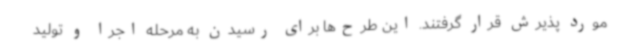
مورد پذیرش قرار گرفتند. این طرح‌ها برای رسیدن به مرحله اجرا و تولید